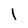
Character: 1